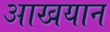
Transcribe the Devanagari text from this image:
आखयान